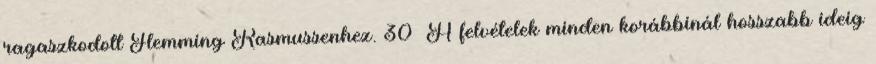
ragaszkodott Flemming Rasmussenhez. 30 A felvételek minden korábbinál hosszabb ideig